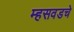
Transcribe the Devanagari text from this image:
म्हसवडचे